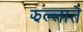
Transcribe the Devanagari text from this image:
झल्लाते